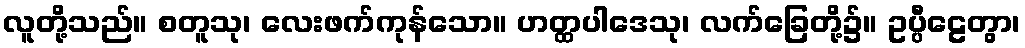
လူတို့သည်။ စတူသု၊ လေးဖက်ကုန်သော။ ဟတ္ထပါဒေသု၊ လက်ခြေတို့၌။ ဥပ္ပီဠေတွာ၊